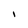
Character: I